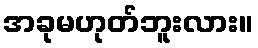
အခုမဟုတ်ဘူးလား။